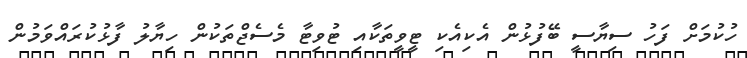
ހުކުމަށް ފަހު ސިޔާސީ ބޭފުޅުން އެކިއެކި ޓީވީތަކާއި ޓުވިޓާ މެސެޖްތަކުން ހިޔާލު ފާޅުކުރައްވަމުން